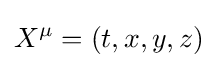
X^{\mu }=(t,x,y,z)